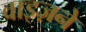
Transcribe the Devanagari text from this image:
वाइज़ने